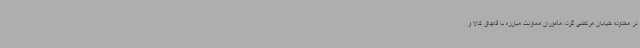
در محدوده خیابان مرتضی گرد، مأموران معاونت مبارزه با قاچاق کالا و